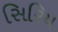
સિરિય